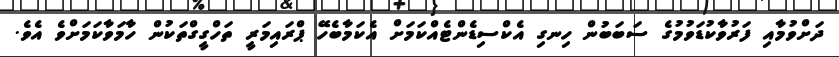
ދަށްވުމާއި ފަރުވާކުޑަވުމުގެ ސަބަބުން ހިނގި އެކްސިޑެންޓެއްކަމަށް އެކަމާބެހޭ ޕްރައިމަރީ ތަހްގީގްތަކުން ހާމަވާކަމަށްވެ އެވެ.